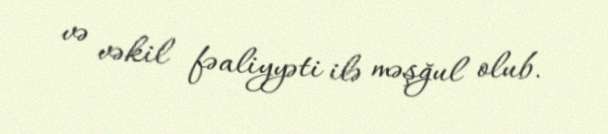
və vəkil fəaliyyəti ilə məşğul olub.